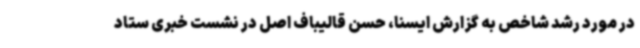
در مورد رشد شاخص به گزارش ایسنا، حسن قالیباف اصل در نشست خبری ستاد